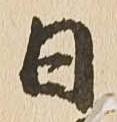
日